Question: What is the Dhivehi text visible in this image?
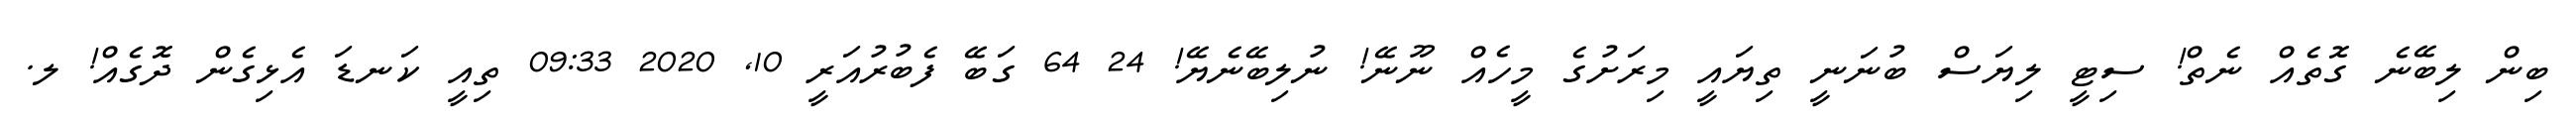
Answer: ބިން ލިބޭނެ ގޮތެއް ނެތް! ސިޓީ ލިޔަސް ބުނަނީ ތިޔައީ މިރަށުގެ މީހެއް ނޫނޭ! ނުލިބޭނެޔޭ! 24 64 ގަބޭ ފެބުރުއަރީ 10, 2020 09:33 ތިއީ ކަނޑަ އެޅިގެން ދޮގެއް! ލ.